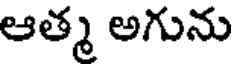
ఆత్మ అగును